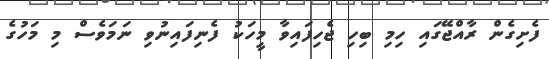
ފެށިގެން ރާއްޖޭގައި ހިމި ބިހި ޖެހިފައިވާ މީހަކު ފެނިފައިނުވި ނަމަވެސް މި މަހުގެ